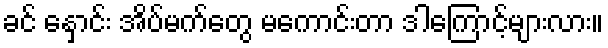
ခင် နှောင်း အိပ်မက်တွေ မကောင်းတာ ဒါကြောင့်များလား။